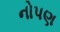
નોપણ